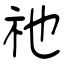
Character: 祂